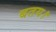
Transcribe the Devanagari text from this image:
बतय।